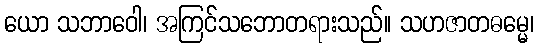
ယော သဘာဝေါ၊ အကြင်သဘောတရားသည်။ သဟဇာတဓမ္မေ၊